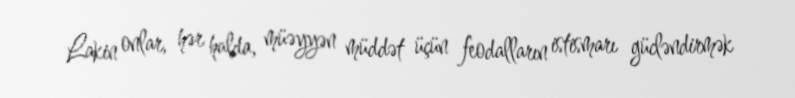
Lakin onlar, hər halda, müəyyən müddət üçün feodalların istismarı gücləndirmək